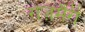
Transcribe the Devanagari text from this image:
रोज़मैरी